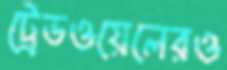
ট্রেডওয়েলেরও